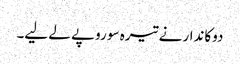
دوکاندار نے تیرہ سو روپے لے لیے۔